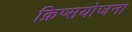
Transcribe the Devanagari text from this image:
क्रिप्सयोजना